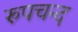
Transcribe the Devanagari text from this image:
रुपचन्द